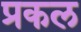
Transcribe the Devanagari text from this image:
प्रकल